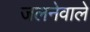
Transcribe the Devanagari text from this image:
जलनेवाले